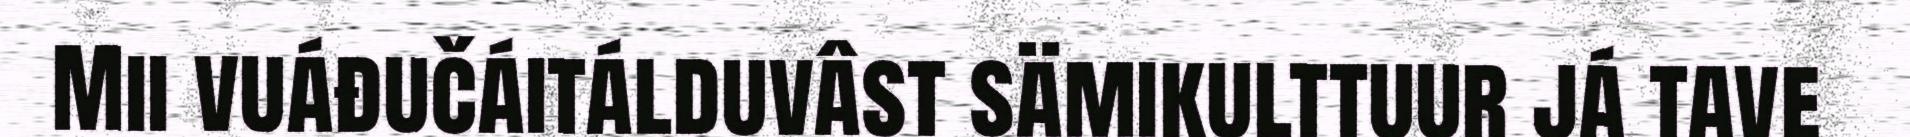
Mii vuáđučáitálduvâst sämikulttuur já tave